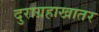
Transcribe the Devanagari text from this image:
दुराग्रहाखातर